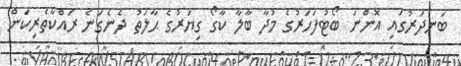
ބަނދަރުގައި އޮންނަ ބޯޓުފަހަރުގެ މުދާ ބާލާ ކާގޯ ގިޔަރުގެ ޙާލަތު ދެނެގަނެ ރައްކާތެރިކަން